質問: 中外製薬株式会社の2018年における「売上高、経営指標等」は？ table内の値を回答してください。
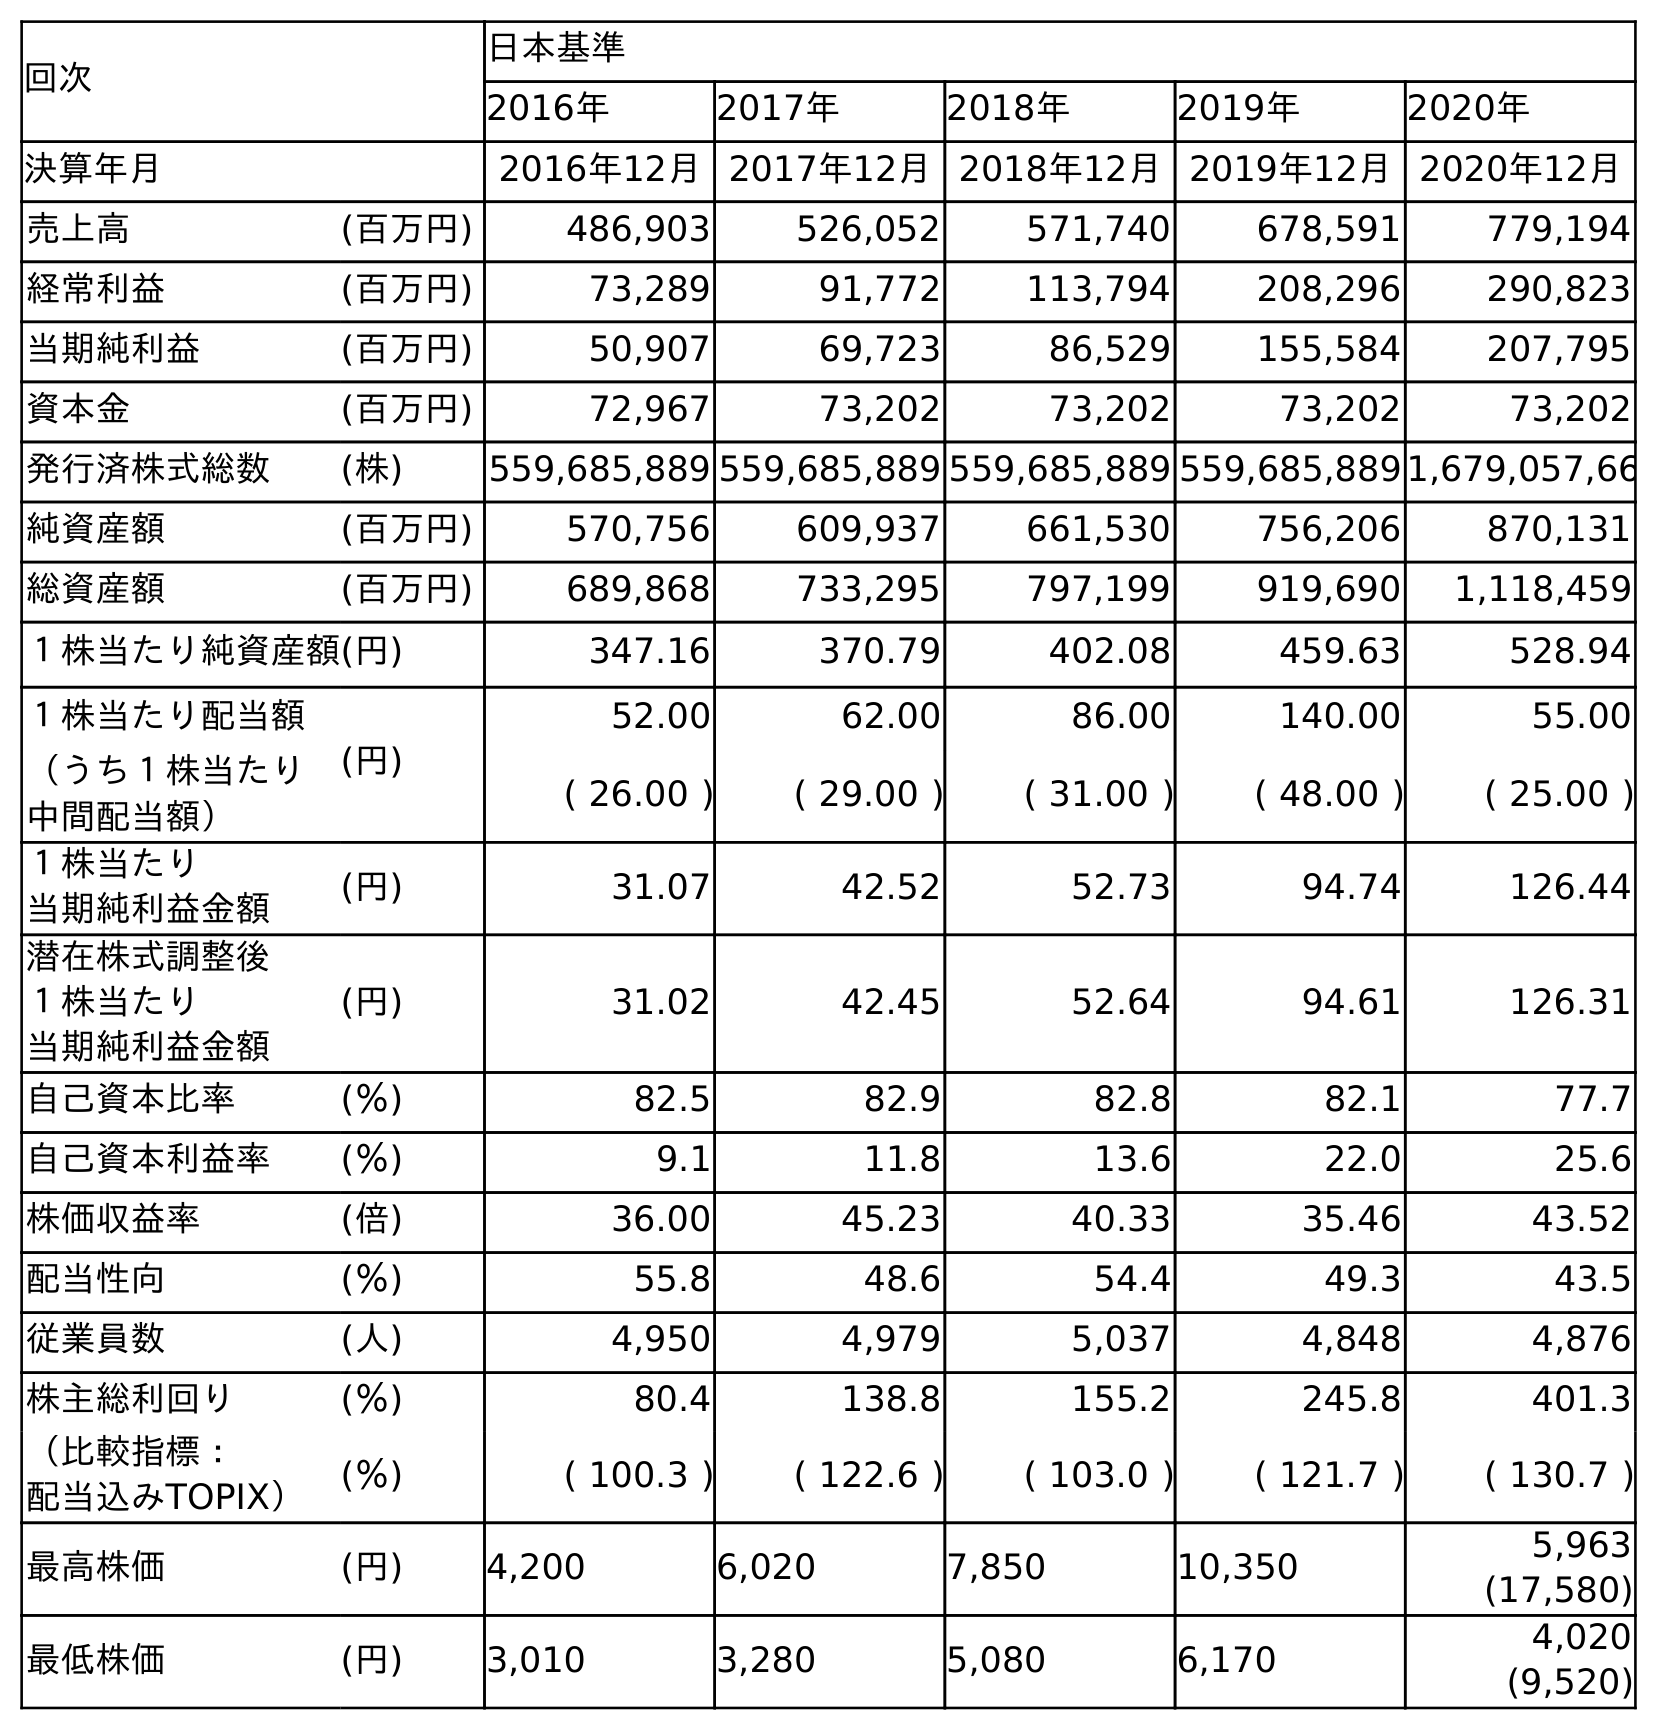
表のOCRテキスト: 回次 日本基準 2016年 2017年 2018年 2019年 2020年 決算年月 2016年12月2017年12月2018年12月2019年12月2020年12月 売上高 (百万円) 486,903 526,052 571,740 678,591 779,194 経常利益 (百万円) 73,289 91,772 113,794 208,296 290,823 当期純利益 (百万円) 50,907 69,723 86,529 155,584 207,795 資本金 (百万円) 72,967 73,202 73,202 73,202 73,202 発行済株式総数 (株) 559,685,889 559,685,889 559,685,889 559,685,8891,679,057,66 純資産額 (百万円) 570,756 609,937 661,530 756,206 870,131 総資産額 (百万円) 689,868 733,295 797,199 919,690 1,118,459 １株当たり純資産額(円) 347.16 370.79 402.08 459.63 528.94 １株当たり配当額 (円) 52.00 62.00 86.00 140.00 55.00 （うち１株当たり 中間配当額） ( 26.00 ) ( 29.00 ) ( 31.00 ) ( 48.00 ) ( 25.00 ) １株当たり 当期純利益金額 (円) 31.07 42.52 52.73 94.74 126.44 潜在株式調整後 １株当たり 当期純利益金額 (円) 31.02 42.45 52.64 94.61 126.31 自己資本比率 (％) 82.5 82.9 82.8 82.1 77.7 自己資本利益率 (％) 9.1 11.8 13.6 22.0 25.6 株価収益率 (倍) 36.00 45.23 40.33 35.46 43.52 配当性向 (％) 55.8 48.6 54.4 49.3 43.5 従業員数 (人) 4,950 4,979 5,037 4,848 4,876 株主総利回り (％) 80.4 138.8 155.2 245.8 401.3 （比較指標： 配当込みTOPIX） (％) ( 100.3 ) ( 122.6 ) ( 103.0 ) ( 121.7 ) ( 130.7 ) 最高株価 (円) 4,200 6,020 7,850 10,350 5,963 (17,580) 最低株価 (円) 3,010 3,280 5,080 6,170 4,020 (9,520)
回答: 571,740